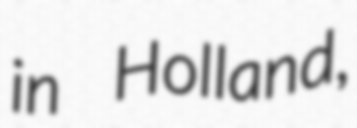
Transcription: in Holland,